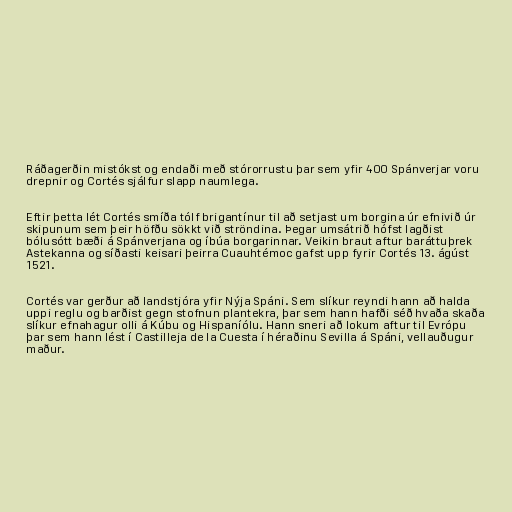
Ráðagerðin mistókst og endaði með stórorrustu þar sem yfir 400 Spánverjar voru
drepnir og Cortés sjálfur slapp naumlega.

Eftir þetta lét Cortés smíða tólf brigantínur til að setjast um borgina úr efnivið úr
skipunum sem þeir höfðu sökkt við ströndina. Þegar umsátrið hófst lagðist
bólusótt bæði á Spánverjana og íbúa borgarinnar. Veikin braut aftur baráttuþrek
Astekanna og síðasti keisari þeirra Cuauhtémoc gafst upp fyrir Cortés 13. ágúst
1521.

Cortés var gerður að landstjóra yfir Nýja Spáni. Sem slíkur reyndi hann að halda
uppi reglu og barðist gegn stofnun plantekra, þar sem hann hafði séð hvaða skaða
slíkur efnahagur olli á Kúbu og Hispaníólu. Hann sneri að lokum aftur til Evrópu
þar sem hann lést í Castilleja de la Cuesta í héraðinu Sevilla á Spáni, vellauðugur
maður.